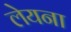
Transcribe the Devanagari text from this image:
लेयना